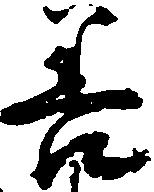
善